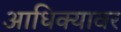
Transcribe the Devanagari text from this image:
आधिक्यावर